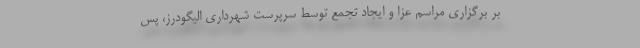
بر برگزاری مراسم عزا و ایجاد تجمع توسط سرپرست شهرداری الیگودرز، پس